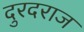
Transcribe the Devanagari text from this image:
दुरदराज